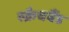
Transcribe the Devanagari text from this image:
स्क्रैचबैंड